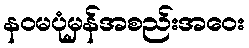
နဝမပုံမှန်အစည်းအဝေး